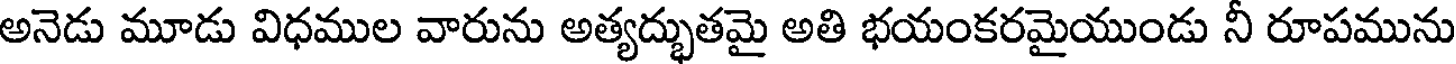
అనెడు మూడు విధముల వారును అత్యద్భుతమై అతి భయంకరమైయుండు నీ రూపమును